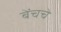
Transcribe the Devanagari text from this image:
बेंचचे